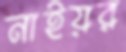
নাইয়র